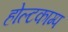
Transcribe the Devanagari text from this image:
होल्टकाम्प